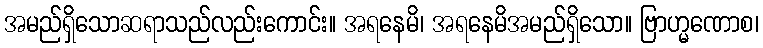
အမည်ရှိသောဆရာသည်လည်းကောင်း။ အရနေမိ၊ အရနေမိအမည်ရှိသော။ ဗြာဟ္မဏောစ၊